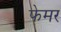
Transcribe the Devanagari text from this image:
फेमर